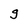
Character: g